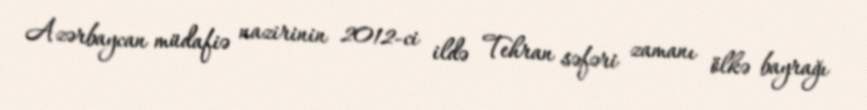
Azərbaycan müdafiə nazirinin 2012-ci ildə Tehran səfəri zamanı ölkə bayrağı